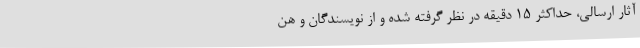
آثار ارسالی، حداکثر ۱۵ دقیقه در نظر گرفته شده و از نویسندگان و هن